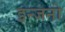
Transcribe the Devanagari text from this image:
इन्जनो